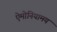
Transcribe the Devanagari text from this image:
ऐमोनियामय